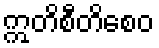
ဣတိစီတိစေဝ